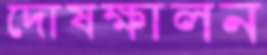
দোষক্ষালন